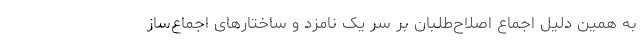
به همین دلیل اجماع اصلاح‌طلبان بر سر یک نامزد و ساختارهای اجماع‌ساز